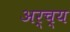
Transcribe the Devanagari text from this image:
अर्च्य